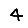
Digit: 4